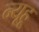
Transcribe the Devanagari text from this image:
न्यूहू